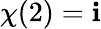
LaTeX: \chi(2)=\mathbf{i}